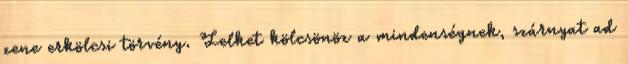
zene erkölcsi törvény. Lelket kölcsönöz a mindenségnek, szárnyat ad